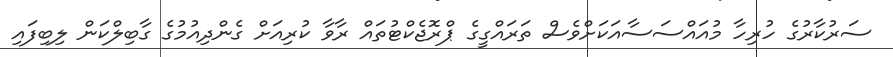
ސަރުކާރުގެ ހުރިހާ މުއައްސަސާއަކަށްވެސް ތަރައްގީގެ ޕްރޮޖެކްޓުތައް ރާވާ ކުރިއަށް ގެންދިއުމުގެ ގާބިލްކަން ލިބިފައި